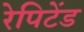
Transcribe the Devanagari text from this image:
रेपिटेंड